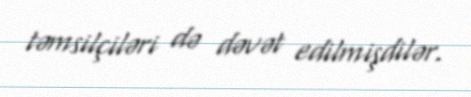
təmsilçiləri də dəvət edilmişdilər.